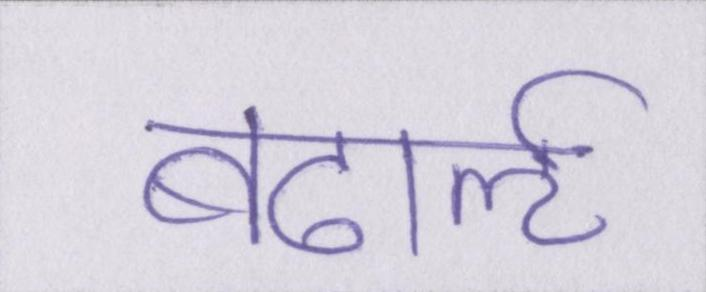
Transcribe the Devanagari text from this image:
बढार्ऌ